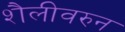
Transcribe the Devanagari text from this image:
शैलीवरुन